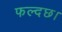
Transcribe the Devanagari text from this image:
फल्दछ।